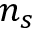
n _ { s }